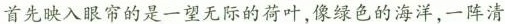
首先映入眼帘的是一望无际的荷叶，像绿色的海洋，一阵清